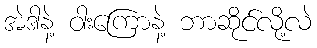
အဲဒါနဲ့ ဝါးကြောနဲ့ ဘာဆိုင်လို့လဲ